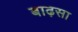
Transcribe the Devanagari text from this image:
बाढ़सा